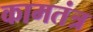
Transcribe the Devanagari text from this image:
कामतंत्र